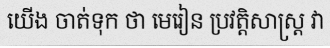
យើង ចាត់ទុក ថា មេរៀន ប្រវត្តិសាស្ត្រ វា